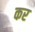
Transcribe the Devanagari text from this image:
कर